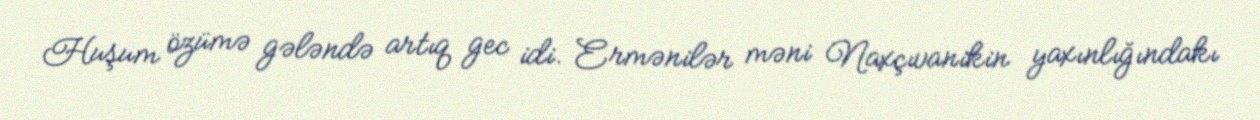
Huşum özümə gələndə artıq gec idi. Ermənilər məni Naxçıvanikin yaxınlığındakı